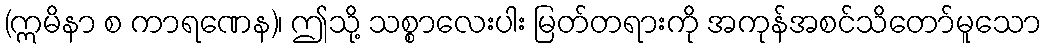
(ဣမိနာ စ ကာရဏေန)၊ ဤသို့ သစ္စာလေးပါး မြတ်တရားကို အကုန်အစင်သိတော်မူသော